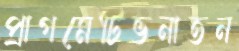
প্রাগমেটিভনাতন